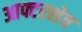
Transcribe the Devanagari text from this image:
आफ्टरशेव